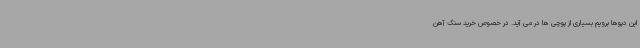
این دپوها برویم بسیاری از پوچی ها در می آید. در خصوص خرید سنگ آهن